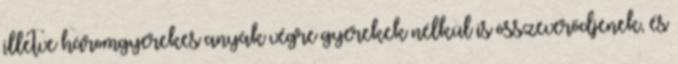
illetve háromgyerekes anyák végre gyerekek nélkül is összeverődjenek, és